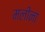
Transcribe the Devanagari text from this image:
मलीना